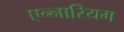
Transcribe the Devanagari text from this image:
एन्नारियम